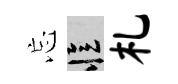
忘忆札